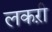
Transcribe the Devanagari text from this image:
लकऱी